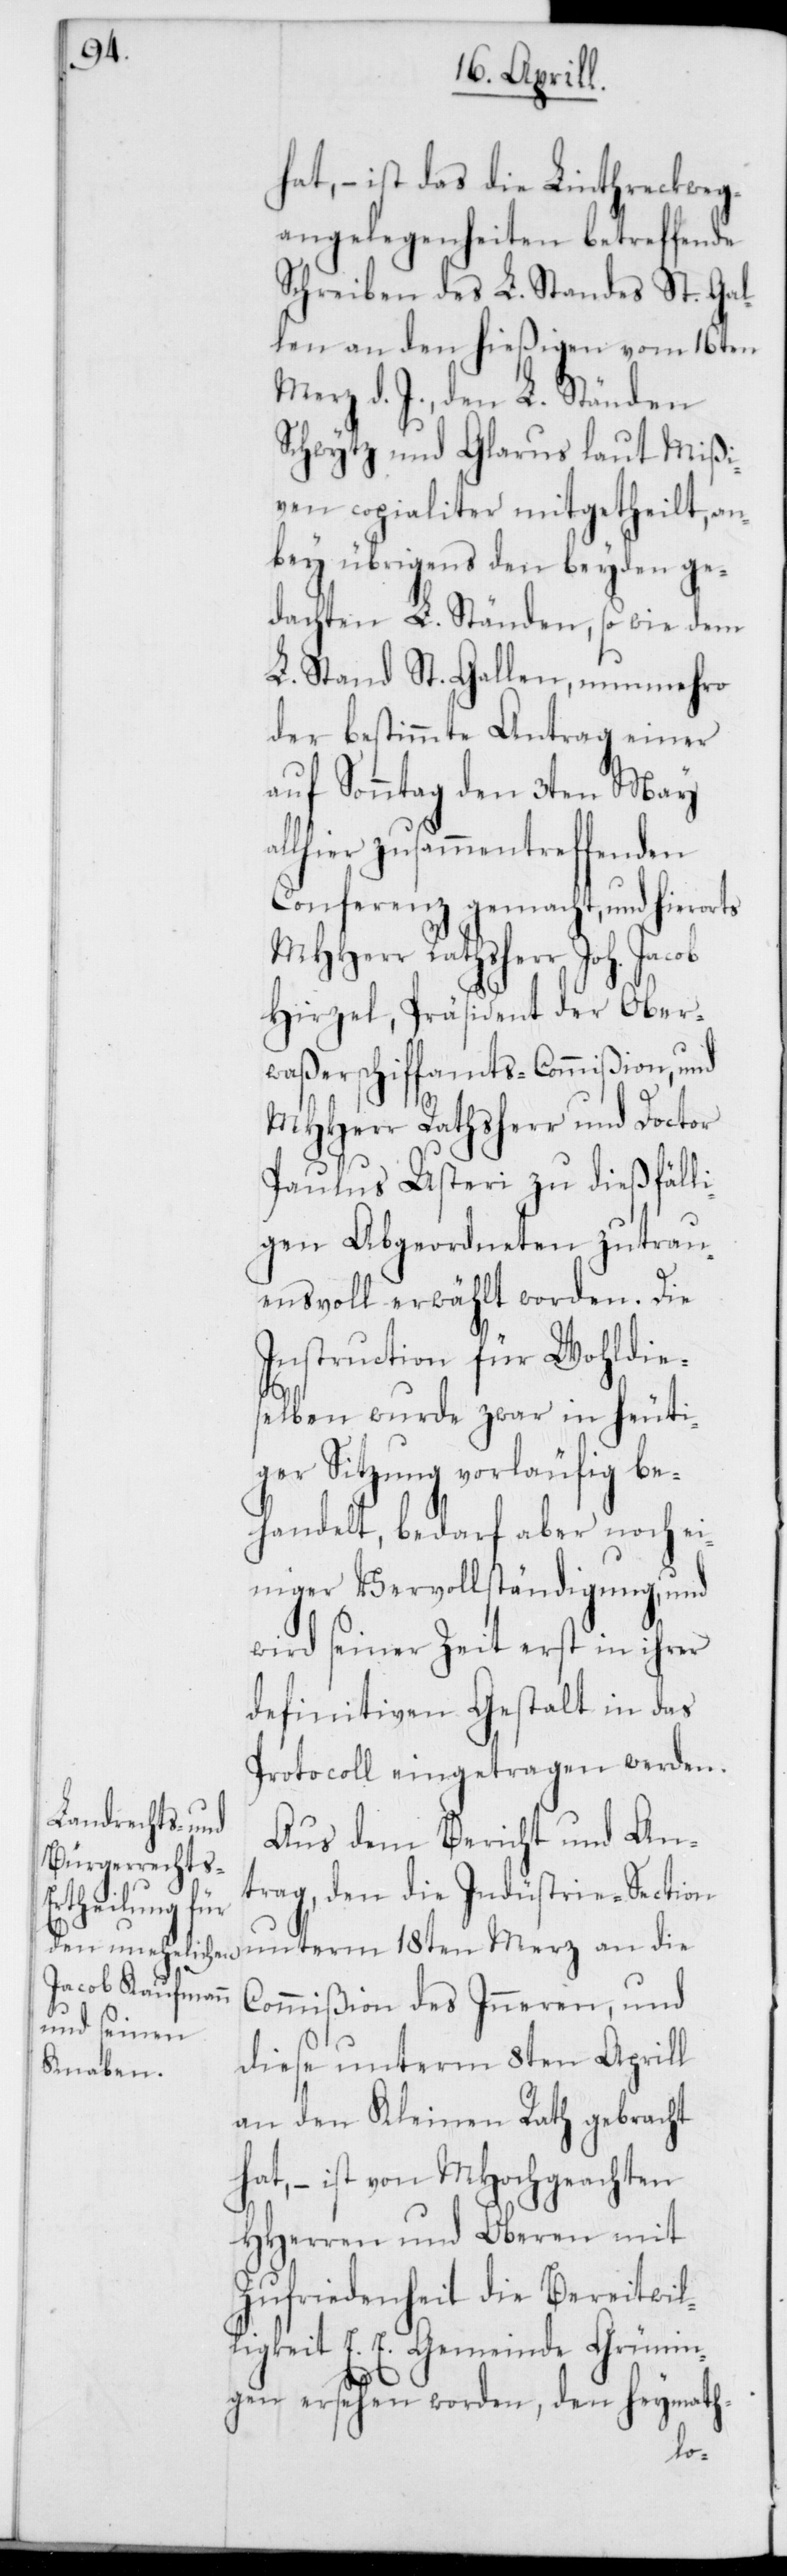
al¬

hat, – ist das die Linthreckweg¬
angelegenheiten betreffende
Schreiben des L. Standes St. Gal¬
len an den hießigen vom 16ten
Merz d. J., den L. Ständen
Schwytz und Glarus laut Mißi¬
ven copialiter mitgetheilt, an¬
bey übrigens den beyden ge¬
dachten L. Ständen sowie dem
L. Stand St. Gallen, nunmehro
der bestimmte Antrag einer
auf Sonntag den 3ten May
lhier zusammentreffenden
Conferenz gemacht, und hierorts
MHHerr Ratsherr Joh. Jacob
Hirzel, Präsident der Ober¬
waßerschiffamts-Commißion, und
MHHerr Ratsherr und Doctor
Paulus Usteri zu dießfälli¬
gen Abgeordneten zutrau¬
ensvoll erwählt worden. Die
Instruction für wohldie¬
selben wurde zwar in heuti¬
ger Sitzung vorläufig be¬
handelt, bedarf aber noch ei¬
niger Vervollständigung, und
wird seiner Zeit erst in ihrer
definitiven Gestalt in das
Protocoll eingetragen werden.
Aus dem Bericht und An¬
trag, den die Industrie-Section
unterm 18ten Merz an die
Commißion des Inneren, und
diese unterm 8ten Aprill
an den Kleinen Rath gebracht
hat, – ist von MHochgeachten
HHerren und Oberen mit
Zufriedenheit die Bereitwil¬
ligkeit E. E. Gemeinde Grünin¬
gen ersehen worden, den heymath-